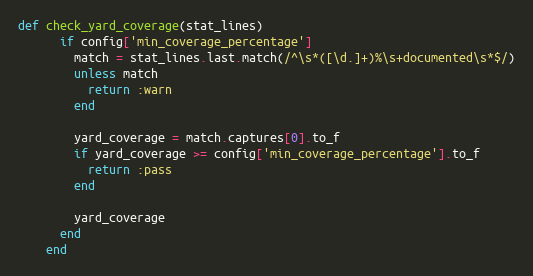
Language: Ruby
def check_yard_coverage(stat_lines)
      if config['min_coverage_percentage']
        match = stat_lines.last.match(/^\s*([\d.]+)%\s+documented\s*$/)
        unless match
          return :warn
        end

        yard_coverage = match.captures[0].to_f
        if yard_coverage >= config['min_coverage_percentage'].to_f
          return :pass
        end

        yard_coverage
      end
    end